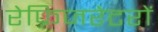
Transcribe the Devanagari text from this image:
रेफ्रिजरेटरों